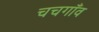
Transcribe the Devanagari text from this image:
चचगाँव